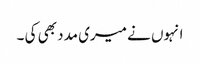
انہوں نے میری مدد بھی کی ۔